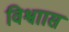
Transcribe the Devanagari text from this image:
विश्वाास